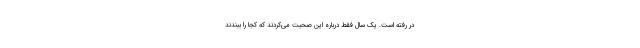
در رفته است. یک سال فقط درباره این صحبت می‌کردند که کجا را ببندند